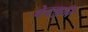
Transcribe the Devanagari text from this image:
वेदश्रुति